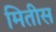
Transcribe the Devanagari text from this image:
मितीस